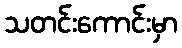
သတင်းကောင်းမှာ